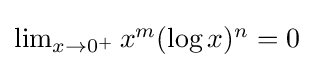
{\textstyle \lim _{x\to 0^{+}}x^{m}(\log x)^{n}=0}